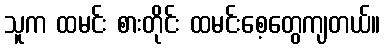
သူက ထမင်း စားတိုင်း ထမင်းစေ့တွေကျတယ်။